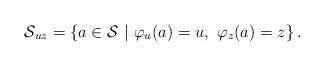
LaTeX: \begin{align*}\mathcal{S}_{uz} = \left\{ a \in \mathcal{S} \ | \ \varphi_u(a)=u ,\ \varphi_z(a)=z \right\}.\end{align*}